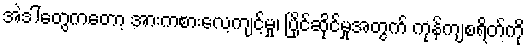
အဲဒါတွေကတော့ အားကစားလေ့ကျင့်မှု၊ ပြိုင်ဆိုင်မှုအတွက် ကုန်ကျစရိတ်ကို